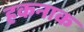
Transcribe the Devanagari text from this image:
हकनाक